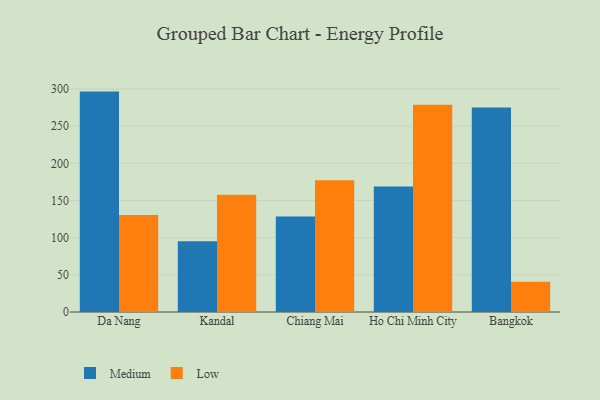
{"axis": {"x": "City", "y": "Active Users"}, "legend": ["Low", "Medium"], "data": [{"x": "Da Nang", "y": 296.5, "type": "Medium"}, {"x": "Da Nang", "y": 130.4, "type": "Low"}, {"x": "Kandal", "y": 95.1, "type": "Medium"}, {"x": "Kandal", "y": 157.9, "type": "Low"}, {"x": "Chiang Mai", "y": 128.4, "type": "Medium"}, {"x": "Chiang Mai", "y": 177.1, "type": "Low"}, {"x": "Ho Chi Minh City", "y": 168.9, "type": "Medium"}, {"x": "Ho Chi Minh City", "y": 278.7, "type": "Low"}, {"x": "Bangkok", "y": 275.1, "type": "Medium"}, {"x": "Bangkok", "y": 40.8, "type": "Low"}]}